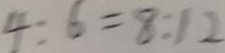
4 : 6 = 8 : 1 2